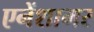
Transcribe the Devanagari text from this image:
एनेंशामर